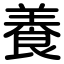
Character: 養